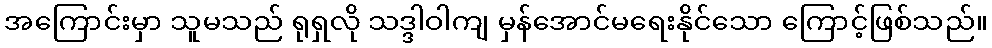
အကြောင်းမှာ သူမသည် ရုရှလို သဒ္ဒါဝါကျ မှန်အောင်မရေးနိုင်သော ကြောင့်ဖြစ်သည်။